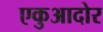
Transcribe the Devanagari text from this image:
एकुआदोर